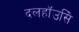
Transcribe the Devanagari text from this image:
दलहॉउसिे